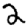
Digit: 2